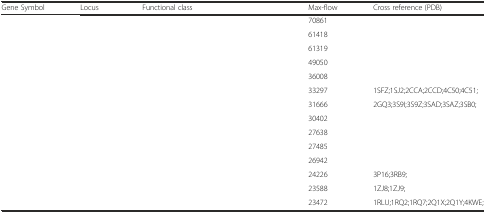
<table><thead><tr><td><b>Gene Symbol</b></td><td><b>Locus</b></td><td><b>Functional class</b></td><td><b>Max-flow</b></td><td><b>Cross reference (PDB)</b></td></tr></thead><tbody><tr><td>[EMPTY_CELL]</td><td>[EMPTY_CELL]</td><td>[EMPTY_CELL]</td><td>70861</td><td>[EMPTY_CELL]</td></tr><tr><td>[EMPTY_CELL]</td><td>[EMPTY_CELL]</td><td>[EMPTY_CELL]</td><td>61418</td><td>[EMPTY_CELL]</td></tr><tr><td>[EMPTY_CELL]</td><td>[EMPTY_CELL]</td><td>[EMPTY_CELL]</td><td>61319</td><td>[EMPTY_CELL]</td></tr><tr><td>[EMPTY_CELL]</td><td>[EMPTY_CELL]</td><td>[EMPTY_CELL]</td><td>49050</td><td>[EMPTY_CELL]</td></tr><tr><td>[EMPTY_CELL]</td><td>[EMPTY_CELL]</td><td>[EMPTY_CELL]</td><td>36008</td><td>[EMPTY_CELL]</td></tr><tr><td>[EMPTY_CELL]</td><td>[EMPTY_CELL]</td><td>[EMPTY_CELL]</td><td>33297</td><td>1SFZ;1SJ2;2CCA;2CCD;4C50;4C51;</td></tr><tr><td>[EMPTY_CELL]</td><td>[EMPTY_CELL]</td><td>[EMPTY_CELL]</td><td>31666</td><td>2GQ3;3S9I;3S9Z;3SAD;3SAZ;3SB0;</td></tr><tr><td>[EMPTY_CELL]</td><td>[EMPTY_CELL]</td><td>[EMPTY_CELL]</td><td>30402</td><td>[EMPTY_CELL]</td></tr><tr><td>[EMPTY_CELL]</td><td>[EMPTY_CELL]</td><td>[EMPTY_CELL]</td><td>27638</td><td>[EMPTY_CELL]</td></tr><tr><td>[EMPTY_CELL]</td><td>[EMPTY_CELL]</td><td>[EMPTY_CELL]</td><td>27485</td><td>[EMPTY_CELL]</td></tr><tr><td>[EMPTY_CELL]</td><td>[EMPTY_CELL]</td><td>[EMPTY_CELL]</td><td>26942</td><td>[EMPTY_CELL]</td></tr><tr><td>[EMPTY_CELL]</td><td>[EMPTY_CELL]</td><td>[EMPTY_CELL]</td><td>24226</td><td>3P16;3RB9;</td></tr><tr><td>[EMPTY_CELL]</td><td>[EMPTY_CELL]</td><td>[EMPTY_CELL]</td><td>23588</td><td>1ZJ8;1ZJ9;</td></tr><tr><td>[EMPTY_CELL]</td><td>[EMPTY_CELL]</td><td>[EMPTY_CELL]</td><td>23472</td><td>1RLU;1RQ2;1RQ7;2Q1X;2Q1Y;4KWE;</td></tr></tbody></table>